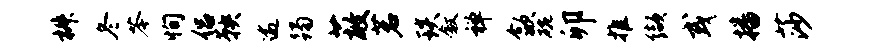
椒冬苓恂侣鞅逾躅蔽茗琰叙禅歙碗卯推缬或播莎